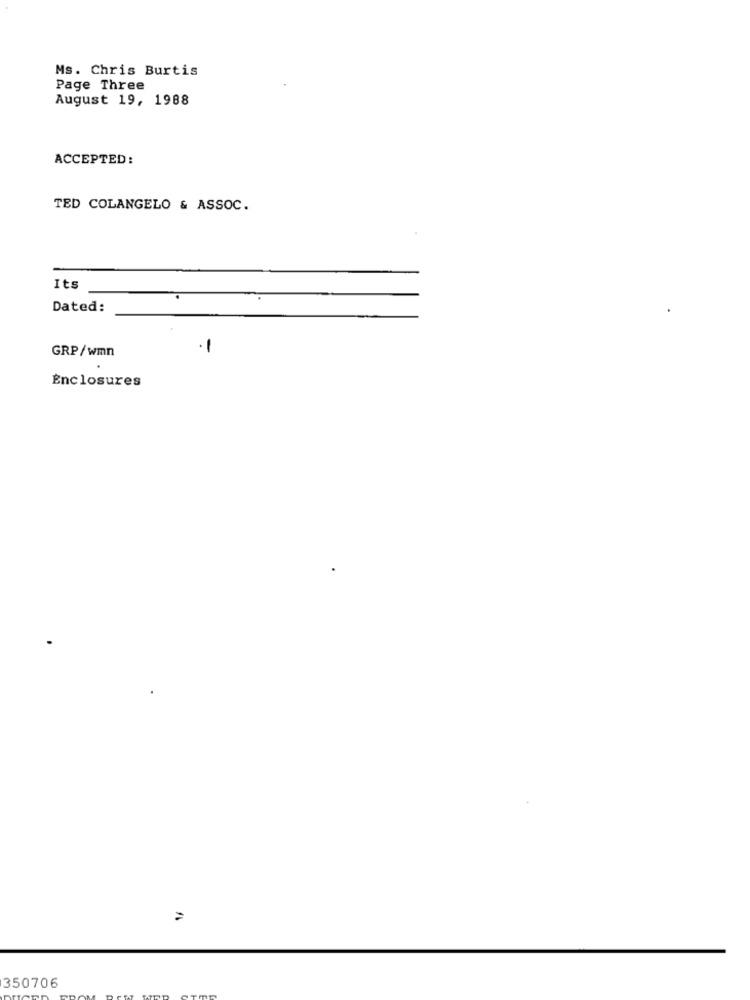
Ms. Chris Burtis
Page Three
August 19, 1988
ACCEPTED:
TED COLANGELO & ASSOC.
Its
Dated:
-
GRP/wmn
Enclosures
350706